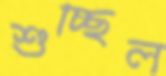
শুচ্ছিল